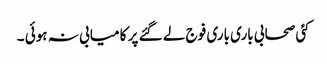
کئی صحابی باری باری فوج لے گئے پر کا میابی نہ ہوئی ۔